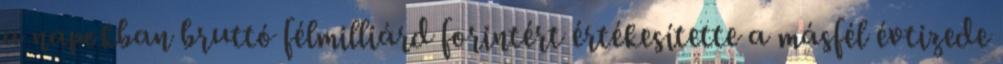
a napokban bruttó félmilliárd forintért értékesítette a másfél évtizede